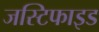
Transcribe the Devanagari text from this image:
जस्टिफाइड